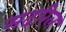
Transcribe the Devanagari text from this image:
मदरिल